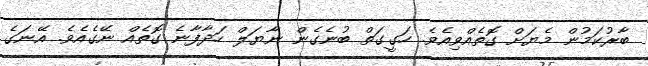
ބާރުކަމުން މެޔަށް ގޮތެއްވިއެވެ. ހަގީގަތް ބުނެގެން ނާޔަލް ހަދާފާނެ ގޮތެއް ނޭގެއެވެ. އޭނަގެ